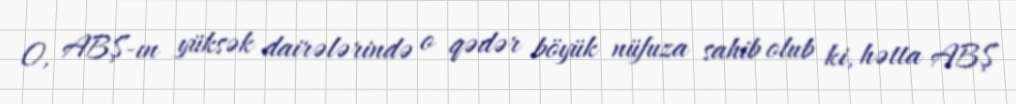
O, ABŞ-ın yüksək dairələrində o qədər böyük nüfuza sahib olub ki, hətta ABŞ